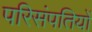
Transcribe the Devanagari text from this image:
परिसंपतियों